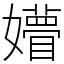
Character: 㜴